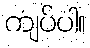
ကျပ်ပါ။